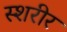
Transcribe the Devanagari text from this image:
स्शरीर